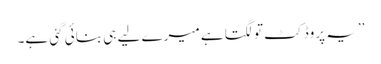
’’یہ پروڈکٹ تو لگتا ہے میرے لیے ہی بنائی گئی ہے۔